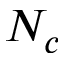
N _ { c }